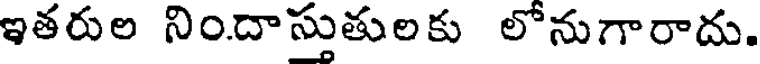
ఇతరుల నిందాస్తుతులకు లోనుగారాదు.